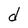
Character: d